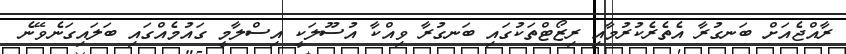
ރާއްޖެއަށް ބަނގުރާ އެތެރެކުރުމާއި ރިޒޯޓްތަކުގައި ބަނގުރާ ވިއްކާ އުސޫލަކީ އިސްލާމީ ގައުމެއްގައި ބަލައިގަނެވޭނެ